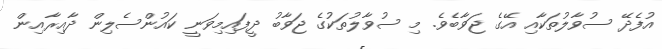
އުފެދޭ ސުވާލުތަކާއި އޭގެ ޖަވާބެވެ. މި ސުވާލުތަކުގެ ޖަވާބު ދީފައިމިވަނީ ކައުންސެލިން ދާއިރާއިން